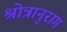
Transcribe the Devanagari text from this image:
श्रोत्रानुराग